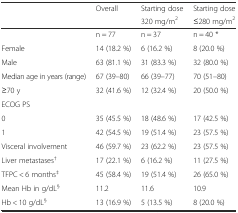
<table><thead><tr><td rowspan="2"></td><td rowspan="2"><b>Overall</b></td><td><b>Starting dose</b></td><td><b>Starting dose</b></td></tr><tr><td><b>320 mg/m<sup>2</sup></b></td><td><b>≤280 mg/m<sup>2</sup></b></td></tr></thead><tbody><tr><td></td><td>n = 77</td><td>n = 37</td><td>n = 40 *</td></tr><tr><td>Female</td><td>14 (18.2 %)</td><td>6 (16.2 %)</td><td>8 (20.0 %)</td></tr><tr><td>Male</td><td>63 (81.1 %)</td><td>31 (83.3 %)</td><td>32 (80.0 %)</td></tr><tr><td>Median age in years (range)</td><td>67 (39–80)</td><td>66 (39–77)</td><td>70 (51–80)</td></tr><tr><td>≥70 y</td><td>32 (41.6 %)</td><td>12 (32.4 %)</td><td>20 (50.0 %)</td></tr><tr><td>ECOG PS</td><td></td><td></td><td></td></tr><tr><td>0</td><td>35 (45.5 %)</td><td>18 (48.6 %)</td><td>17 (42.5 %)</td></tr><tr><td>1</td><td>42 (54.5 %)</td><td>19 (51.4 %)</td><td>23 (57.5 %)</td></tr><tr><td>Visceral involvement</td><td>46 (59.7 %)</td><td>23 (62.2 %)</td><td>23 (57.5 %)</td></tr><tr><td>Liver metastases<sup>†</sup></td><td>17 (22.1 %)</td><td>6 (16.2 %)</td><td>11 (27.5 %)</td></tr><tr><td>TFPC &lt; 6 months<sup>‡</sup></td><td>45 (58.4 %)</td><td>19 (51.4 %)</td><td>26 (65.0 %)</td></tr><tr><td>Mean Hb in g/dL<sup>§</sup></td><td>11.2</td><td>11.6</td><td>10.9</td></tr><tr><td>Hb &lt; 10 g/dL<sup>§</sup></td><td>13 (16.9 %)</td><td>5 (13.5 %)</td><td>8 (20.0 %)</td></tr></tbody></table>